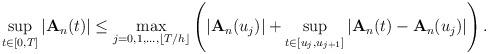
LaTeX: \begin{align*}\sup_{t\in[0,T]}\left|\mathbf{A}_n(t)\right|\leq\max_{j=0,1,\dots,\lfloor T/h\rfloor}\left(\left|\mathbf{A}_n(u_j)\right|+\sup_{t\in[u_j,u_{j+1}]}\left|\mathbf{A}_n(t)-\mathbf{A}_n(u_j)\right|\right).\end{align*}